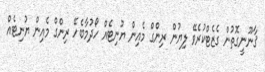
ޤާނޫނީގޮތުން ގެޒެޓްކުރެވޭ ލިޔުން ރިންގް މެއިން ޔުނިޓެއް ހޯދުމާބެހޭ ރިންގް މެއިން ޔުނިޓެއް